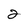
Character: 2